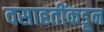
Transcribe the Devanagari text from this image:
वसाहतींकडून